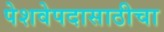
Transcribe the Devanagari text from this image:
पेशवेपदासाठीचा